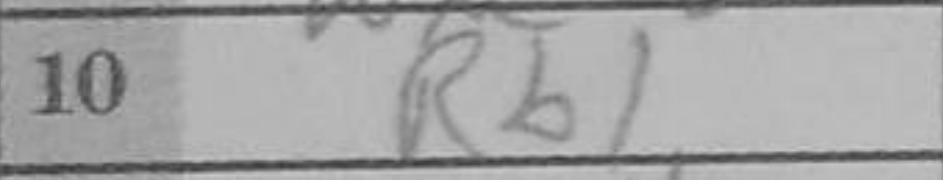
Transcription: Rb1